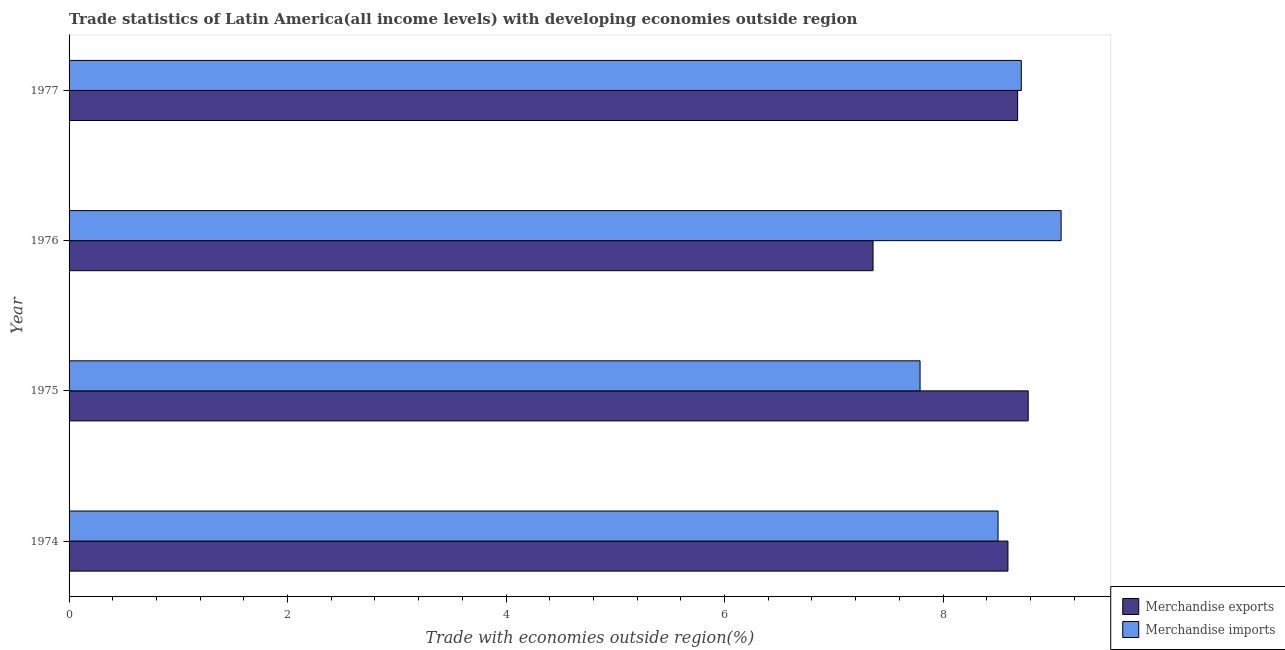
| Year | Merchandise exports | Merchandise imports |
 | --- | --- | --- |
 | 1974 | 8.59 | 8.5 |
 | 1975 | 8.78 | 7.79 |
 | 1976 | 7.36 | 9.08 |
 | 1977 | 8.68 | 8.72 |